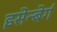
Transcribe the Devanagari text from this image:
इसेन्बेर्ग